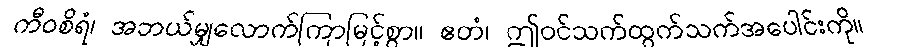
ကီဝစိရံ၊ အဘယ်မျှလောက်ကြာမြင့်စွာ။ ဧတံ၊ ဤဝင်သက်ထွက်သက်အပေါင်းကို။